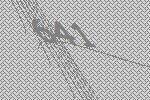
641